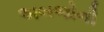
અબજોની